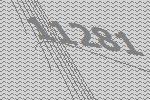
11281